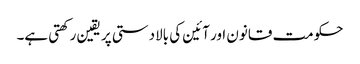
حکومت قانون اور آئین کی بالادستی پر یقین رکھتی ہے۔